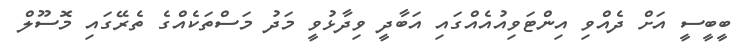
ބީބީސީ އަށް ދެއްވި އިންޓަވިއުއެއްގަައި އަބާދީ ވިދާޅުވީ މަދު މަސްތަކެއްގެ ތެރޭގައި މޮސޫލް